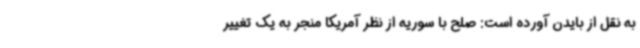
به نقل از بایدن آورده است: صلح با سوریه از نظر آمریکا منجر به یک تغییر